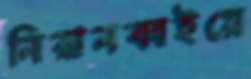
নিরানব্বইয়ে